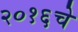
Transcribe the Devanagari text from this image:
२०१६चे